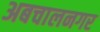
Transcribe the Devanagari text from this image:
अबचालनगर